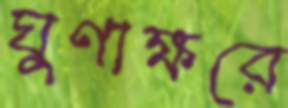
ঘুণাক্ষরে